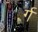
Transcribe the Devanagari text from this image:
र्ग